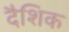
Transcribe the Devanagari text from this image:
दैशिक